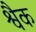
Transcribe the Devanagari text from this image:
श्वैक